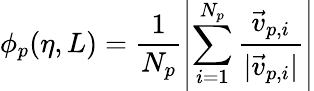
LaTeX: \phi_{p}(\eta,L)=\frac{1}{N_{p}}\left|\sum_{i=1}^{N_{p}}\frac{{\vec{v}}_{p,i}}{|{\vec{v}}_{p,i}|}\right|